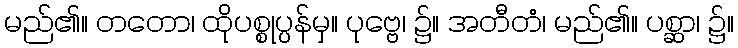
မည်၏။ တတော၊ ထိုပစ္စုပ္ပန်မှ။ ပုဗ္ဗေ၊ ၌။ အတီတံ၊ မည်၏။ ပစ္ဆာ၊ ၌။